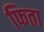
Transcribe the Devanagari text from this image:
फिता